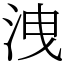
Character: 洩